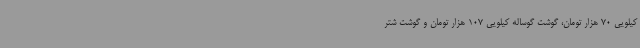
کیلویی 70 هزار تومان، گوشت گوساله کیلویی 107 هزار تومان و گوشت شتر